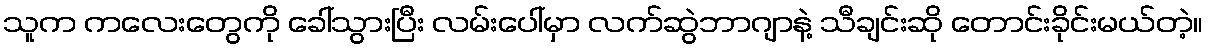
သူက ကလေးတွေကို ခေါ်သွားပြီး လမ်းပေါ်မှာ လက်ဆွဲဘာဂျာနဲ့ သီချင်းဆို တောင်းခိုင်းမယ်တဲ့။